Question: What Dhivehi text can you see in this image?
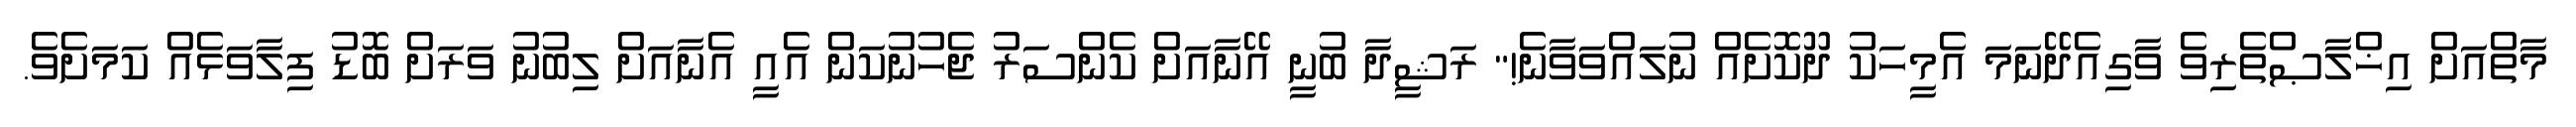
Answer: މާތްއަށް އިޚްލާޞްތެރިވެ ވާގިއެދޭނަމަ އެމީހަކު ދޫކޮށެއް ނުލައްވަވާނެ!" ރަޝީދާ ބުނީ އޭނާއަށް ކެންސަރު ޖެހުނުކަން އެއީ އެނާއަށް ލިބުނު ވަރަށް ބޮޑު ފިލާވަޅެއް ކަމަށެވެ.